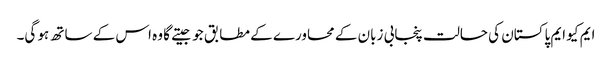
ایم کیو ایم پاکستان کی حالت پنجابی زبان کے محاورے کے مطابق جو جیتے گا وہ اس کے ساتھ ہو گی۔